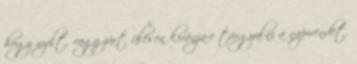
hogy nyilt, vagy zárt ülésen kivánja-e tárgyalni a napirendet.